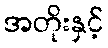
အတိုးနှင့်